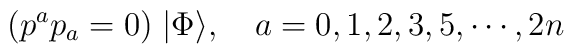
(p^a p_a = 0)\; |\Phi\rangle,\quad a= 0,1,2,3,5,\cdots,2n